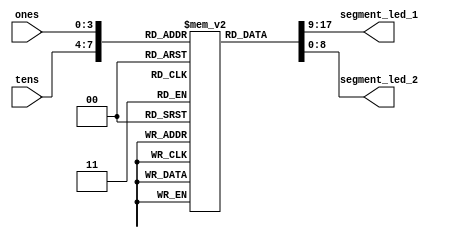
// ********************************************************************
// >>>>>>>>>>>>>>>>>>>>>>>>> COPYRIGHT NOTICE <<<<<<<<<<<<<<<<<<<<<<<<<
// ********************************************************************
// Module name  : seg_led
// Description  : 
// Web          : www.stepfpga.com
// 
// --------------------------------------------------------------------
// Code Revision History : 
// --------------------------------------------------------------------
// Version: |Mod. Date:   |Changes Made:
// V1.0     |2017/06/10   |Initial ver
// --------------------------------------------------------------------
// Module Function:1-9.
module seg_led(tens,ones,segment_led_1,segment_led_2);

	input	[3:0]	tens;			//
	input	[3:0]	ones;			//
	output	[8:0]	segment_led_1;  //MSB~LSB = SEG,DP,G,F,E,D,C,B,A
	output	[8:0]	segment_led_2;  //MSB~LSB = SEG,DP,G,F,E,D,C,B,A
	
	reg		[8:0]	seg	[9:0];		//ROM
	initial     
		begin
			seg[0] = 9'h3f;   //  0
			seg[1] = 9'h06;   //  1
			seg[2] = 9'h5b;   //  2
			seg[3] = 9'h4f;   //  3
			seg[4] = 9'h66;   //  4
			seg[5] = 9'h6d;   //  5
			seg[6] = 9'h7d;   //  6
			seg[7] = 9'h07;   //  7
			seg[8] = 9'h7f;   //  8
			seg[9] = 9'h6f;   //  9
		end

	assign segment_led_1 = seg[tens];	//
	assign segment_led_2 = seg[ones];
endmodule